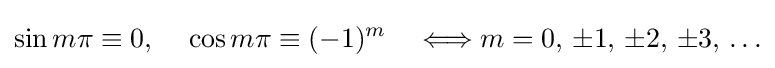
\sin m\pi \equiv 0,\quad \,\cos m\pi \equiv (-1)^{m}\quad \Longleftrightarrow m=0,\,\pm 1,\,\pm 2,\,\pm 3,\,\ldots